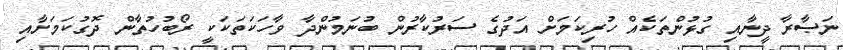
ނަޞާރާ ދީނާއި ގުޅުންތަކެއް ހުރިކަމަށް އަދުގެ ސަރުކާރުން ބުނަމުންދާ ވާހަކަތަކަކީ ރޯބުހުތާން ދޮގުކަމަށާއި